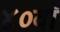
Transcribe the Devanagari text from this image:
४०वाँ